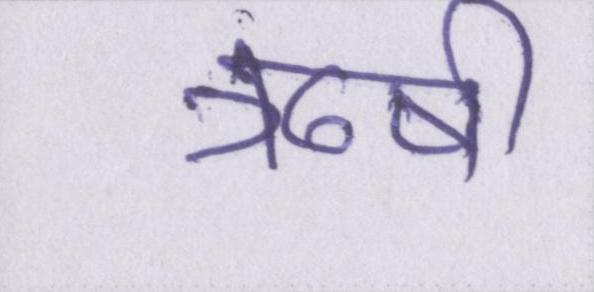
ऋषी